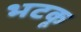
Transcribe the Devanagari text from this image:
भटकू